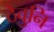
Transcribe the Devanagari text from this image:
ठेवुनि